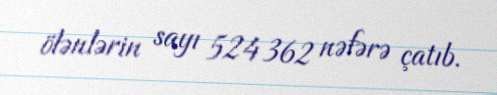
ölənlərin sayı 524 362 nəfərə çatıb.